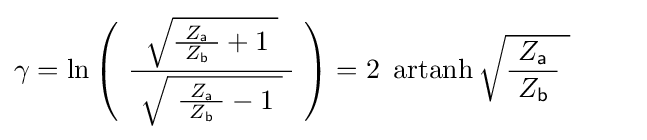
\gamma =\ln \left(\ {\frac {\ {\sqrt {{\frac {\ Z_{\mathsf {a}}\ }{Z_{\mathsf {b}}}}+1\ }}\ }{\ {\sqrt {\ {\frac {\ Z_{\mathsf {a}}\ }{Z_{\mathsf {b}}}}-1\ }}\ }}\ \right)=2\ \operatorname {artanh} {\sqrt {{\frac {\ Z_{\mathsf {a}}\ }{Z_{\mathsf {b}}}}\ }}\qquad \;